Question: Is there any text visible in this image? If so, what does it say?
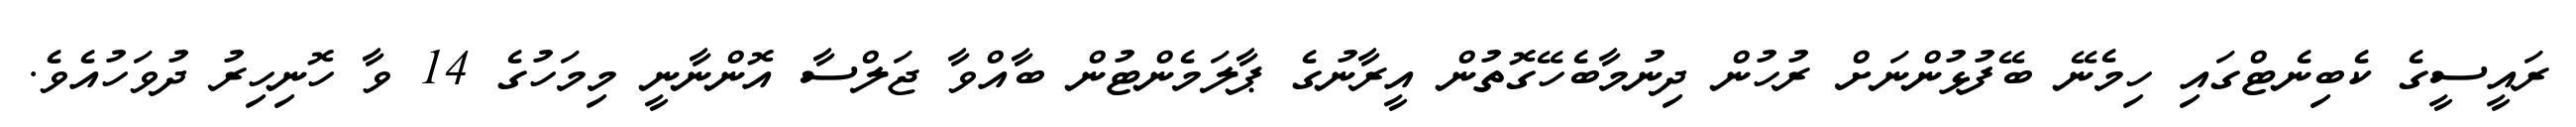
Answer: ރައީސީގެ ކެބިނެޓްގައި ހިމެނޭ ބޭފުޅުންނަށް ރުހުން ދިނުމާބެހޭގޮތުން އީރާނުގެ ޕާލަމެންޓުން ބާއްވާ ޖަލްސާ އޮންނާނީ މިމަހުގެ 14 ވާ ހޮނިހިރު ދުވަހުއެވެ.